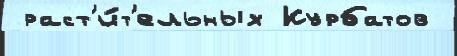
 раст'и́т'ельных Курбатов